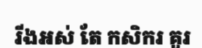
រីងអស់ តែ កសិករ គួរ